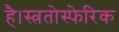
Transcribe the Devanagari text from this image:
है।स्त्रतोस्फेरिक